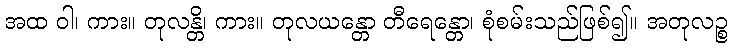
အထ ဝါ၊ ကား။ တုလန္တိ၊ ကား။ တုလယန္တော တီရေန္တော၊ စုံစမ်းသည်ဖြစ်၍။ အတုလဉ္စ